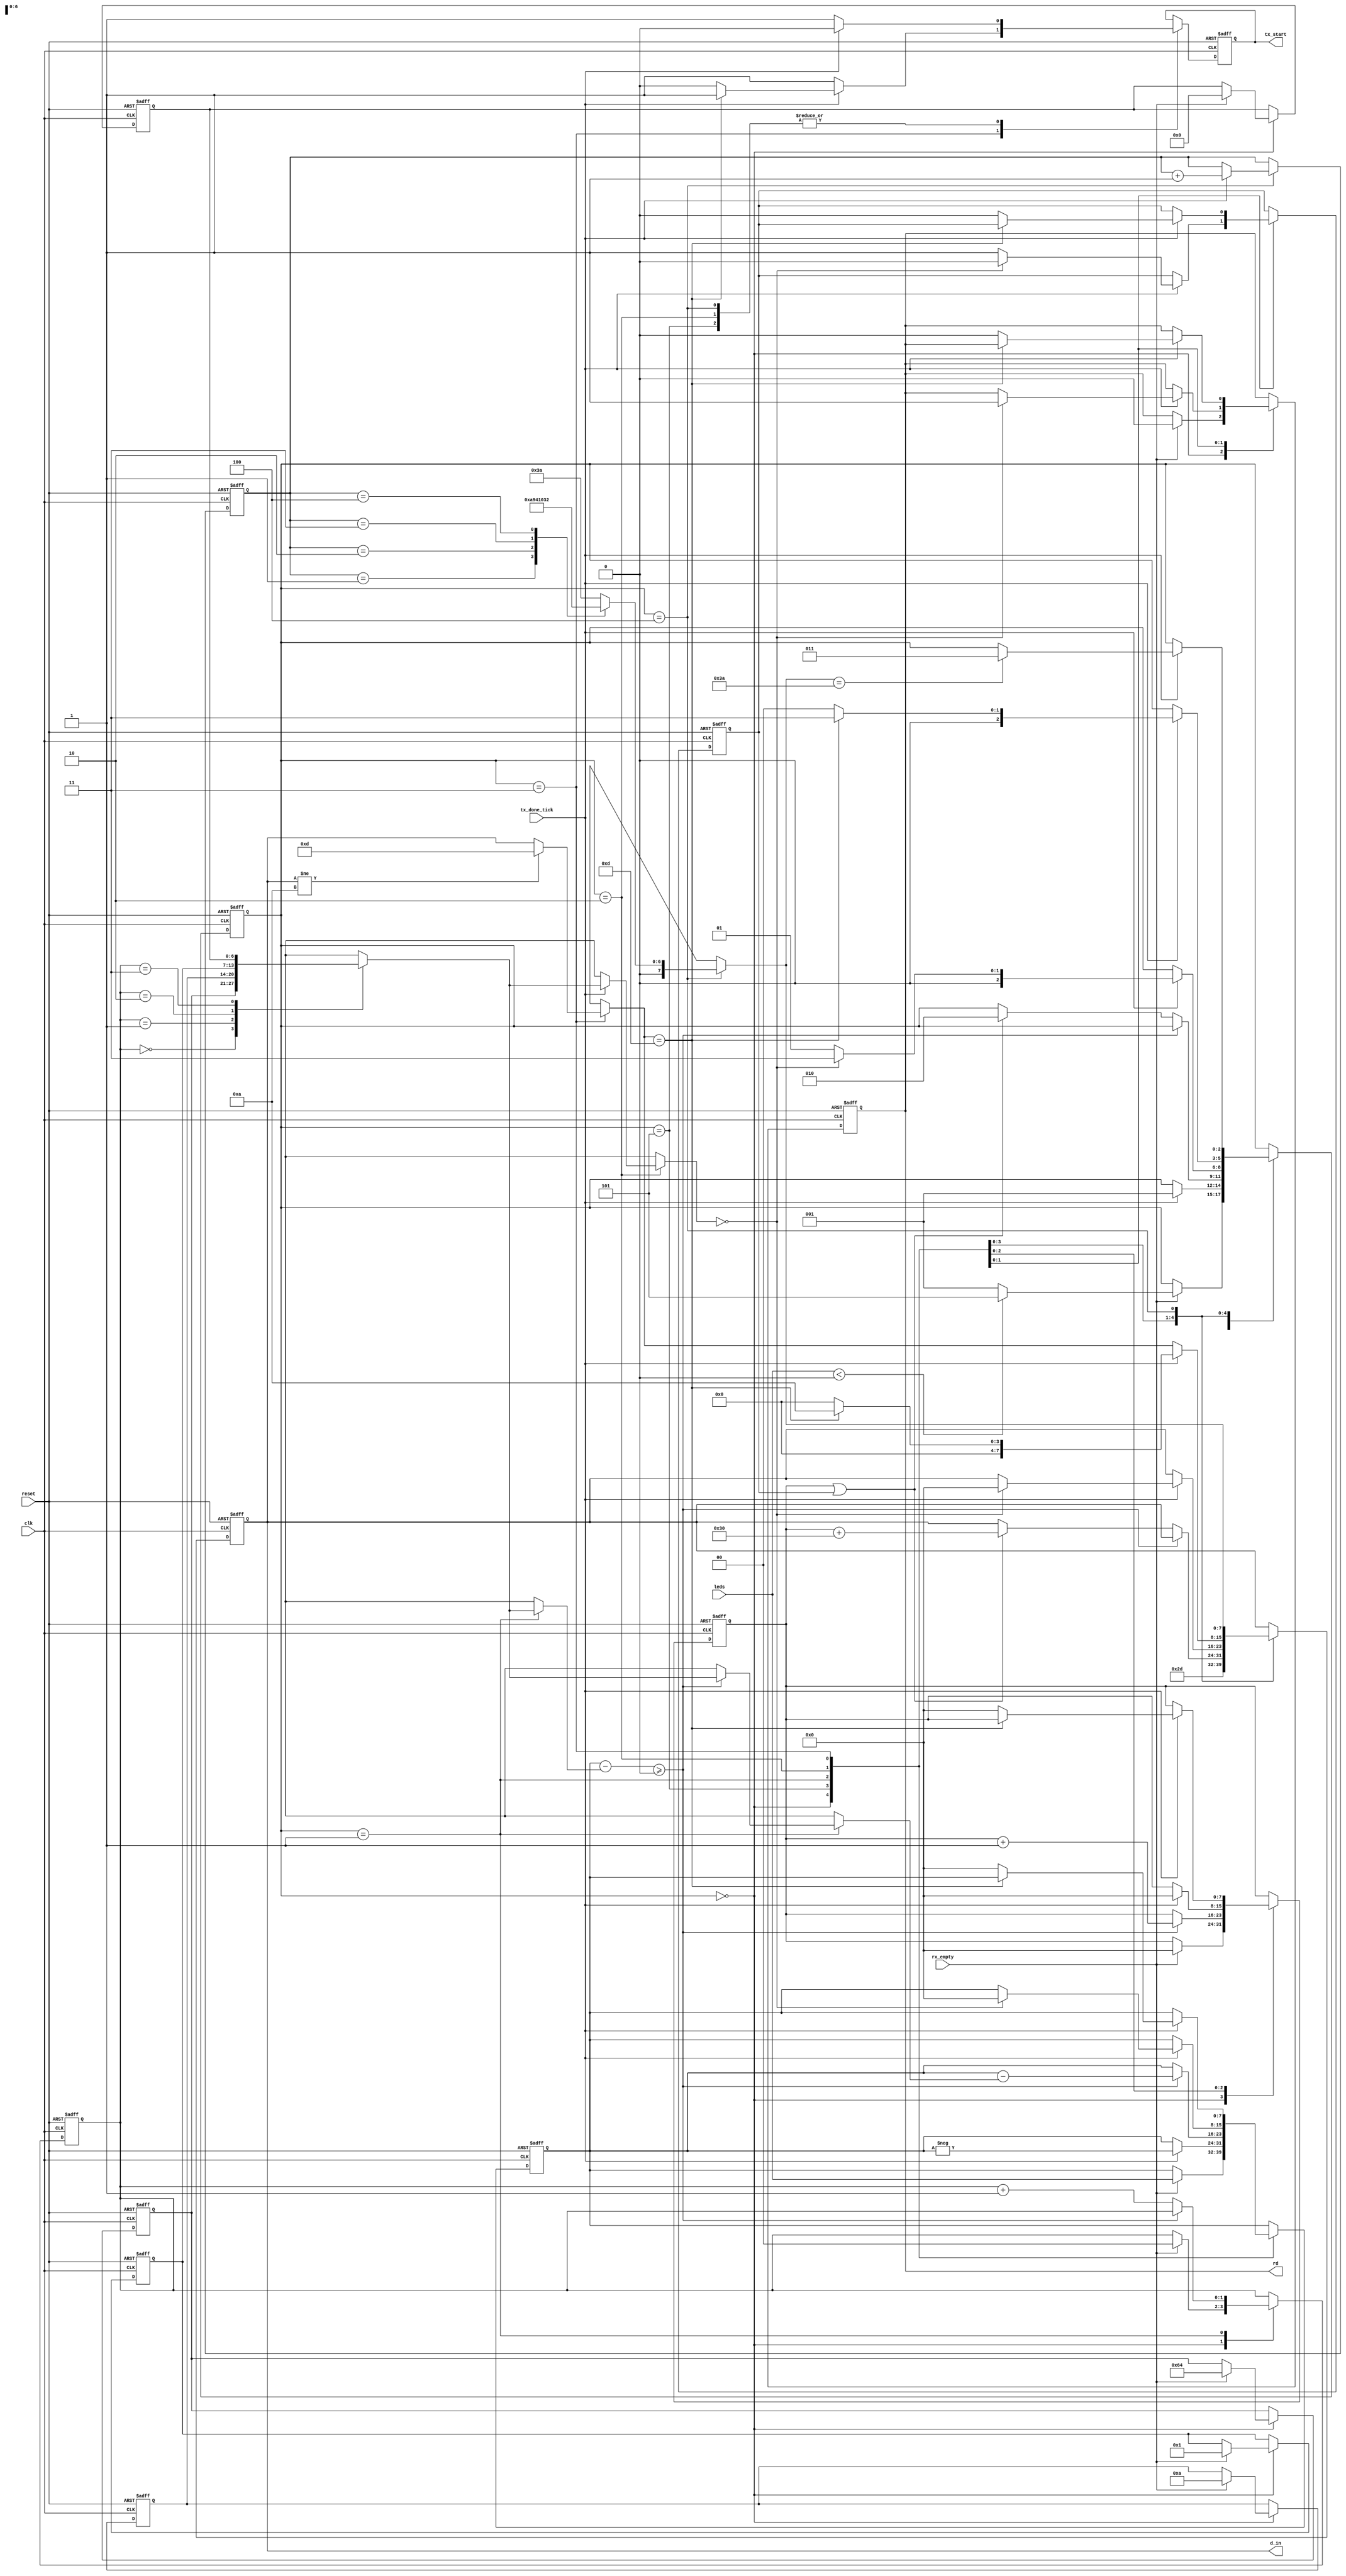
module tx_interface
	#(
	   parameter DBIT = 8			// # data bits
	   // SB_TICK = 16		// # ticks for stop bits
    )
	(
	   input wire clk, reset,tx_done_tick, rx_empty,
	   input wire signed [7:0] leds,
	   output wire [7:0] d_in,
	   output wire tx_start, rd
	);
	
	// symbolic state declaration
	localparam [2:0]
	idle = 2'b000,
	operate = 2'b001,
	transmit = 2'b010,
	transmit_reset = 2'b011,
	transmit_init = 3'b100,
	negative = 3'b101;
	
	// signal declaration
	reg rd_aux, tx_start_aux, zflag;
	reg [1:0] j;
	reg [2:0] state_reg, i;
	reg signed [7:0] aux;
	reg signed [6:0] div [3:0];
	reg [7:0] dig, salida;
	// body
	// FSMD next-state logic
	always @(posedge clk , posedge reset)
	begin
        if (reset)
            begin
                state_reg <= transmit_init;
                i <= 3'b001;
                j <= 3'b0;
                rd_aux <= 1'b0;
                tx_start_aux <= 1'b0;
                zflag <= 1'b0;
                aux <= 8'b0;
                div[0] <= 7'b0;
                div[1] <= 7'b0;
                div[2] <= 7'b0;
                div[3] <= 7'b0;
                dig <= 8'b0;
                salida <= 8'b0;
            end
        else
            begin
                case (state_reg)
                    idle :
                        if (rx_empty)  // Es 1 si rx_interface recibio una 'd', else 0
                        begin
                            state_reg = operate;
                            aux = leds;
                            if (aux<0) state_reg = negative;
                            div[0] <= 100;
                            div[1] <=  10;
                            div[2] <=   1;
                            div[3] <=   0;
                            j <= 3'b0;
                            dig <= 8'b0;
                            rd_aux <= 1'b0; // Seteo en 0 para que rx_interface no vuelva a tomar datos
                        end
                    negative :
                        begin 
                            salida = "-";
                            tx_start_aux = 1'b1;
                            if (tx_done_tick)
                                begin
                                    state_reg = operate;
                                    tx_start_aux = 1'b0;
                                    aux = - aux;
                                end
                        end
                    operate :
                        begin
                            if ((aux-div[j])>=0)
                                begin
                                    aux <= aux - div[j];
                                    dig <= dig + 1;
                                end
                            else
                                begin
                                    if (dig || zflag)
                                        begin
                                            state_reg = transmit;
                                            j = j + 1; 
                                            salida = dig+48; // Sumo 48 al digito enviado para transmitir en ascii
                                        end
                                    else j = j +1;
                                end
                        end
                    transmit :
                       begin
                          tx_start_aux = 1'b1;
                          if (tx_done_tick)
                            begin
                                zflag= 1'b1;
                                state_reg = operate ;
                                tx_start_aux = 1'b0;
                                dig = 0;
                                if (div[j] == 0) // Resetamos todos los parametros y le decimos a rx_int que puede volver a recibir
                                    begin
                                        rd_aux = 1'b1; // rx_int puede recibir
                                        zflag = 1'b0;
                                        state_reg = transmit_reset;
                                        salida = 0;
                                        tx_start_aux = 1'b0;
                                        aux = 0;
                                    end
                            end
                        end 
                    transmit_reset :
                       begin
                         if (salida != 10) salida = 13; // nueva linea en ascii
                         tx_start_aux = 1'b1; 
                         if (tx_done_tick) 
                           begin
                               if (salida == 13) 
                                   begin
                                       state_reg = transmit_reset;
                                       salida = 10; 
                                   end // if (salida == 13) 
                               else 
                                   begin
                                       salida = 0;
                                       rd_aux = 1'b0;
                                       zflag = 1'b0;
                                       tx_start_aux = 1'b0;
                                       dig = 0;
                                       aux = 0;
                                       state_reg = idle;
                                   end //else
                           end //if(tx_done_tick)
                       end // transmit_reset   
                    transmit_init :
                       begin
                          case (i)
                              1: salida = "T";
                              2: salida = "P";
                              3: salida = " ";
                              4: salida = "2";
                              default: salida = ":";    
                          endcase
                          tx_start_aux = 1'b1; 
                          if (tx_done_tick) 
                            begin
                                i = i+1;
                                if (salida == ":") state_reg = transmit_reset;
                                tx_start_aux = 1'b0;
                            end
                        end 
		        endcase //end case (state_reg)
		    end //end else
	end //end always
    
	// output
	assign d_in = salida;
	assign rd = rd_aux;
	assign tx_start = tx_start_aux;
	
endmodule